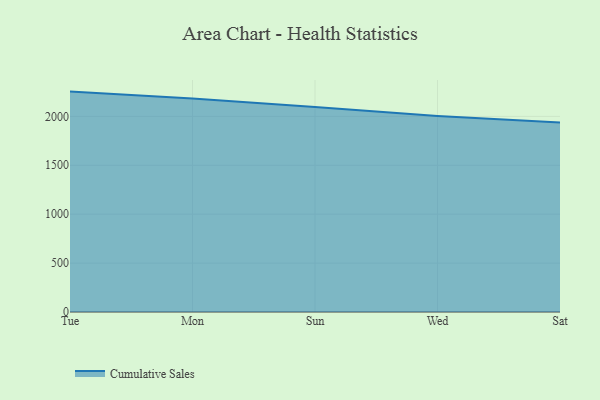
{"axis": {"x": "Day", "y": "LTV (USD)"}, "legend": ["Cumulative Sales"], "data": [{"x": "Tue", "y": 2253.5, "type": "Cumulative Sales"}, {"x": "Mon", "y": 2183.0, "type": "Cumulative Sales"}, {"x": "Sun", "y": 2096.4, "type": "Cumulative Sales"}, {"x": "Wed", "y": 2003.9, "type": "Cumulative Sales"}, {"x": "Sat", "y": 1936.6, "type": "Cumulative Sales"}]}